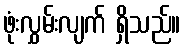
ဖုံးလွှမ်းလျက် ရှိသည်။